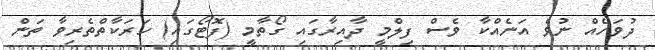
ދުވަހެއް ނުވެ އަނެއްކާ ވެސް ފިލްމީ ދާއިރާގައި ގޯތާމީ (ފޮޓޯގައި) ހަރަކާތްތެރިވާ ތަން